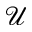
\mathcal { U }